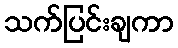
သက်ပြင်းချကာ